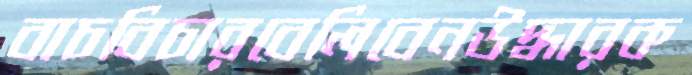
বাচবিচারবেলিবেনউদ্ধারক